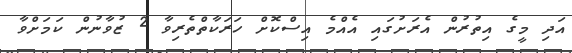
އަދި މީގެ އިތުރުން އެރަށުގައި އެއްމެ އިސްކޮށް ހަރަކާތްތެރިވާ 2 ޒުވާނުން ކަމަށްވާ